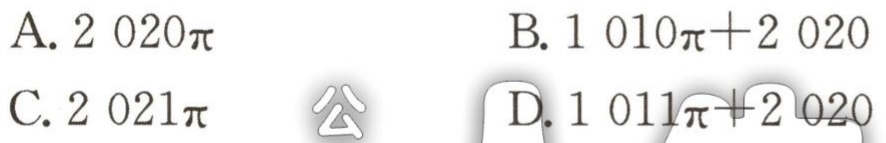
A. \(2020\pi\)
B. \(1010\pi + 2020\)
C. \(2021\pi\)
D. \(1011\pi+ 2020\)